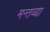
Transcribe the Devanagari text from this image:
मन्तव्या